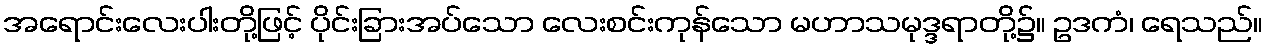
အရောင်းလေးပါးတို့ဖြင့် ပိုင်းခြားအပ်သော လေးစင်းကုန်သော မဟာသမုဒ္ဒရာတို့၌။ ဥဒကံ၊ ရေသည်။